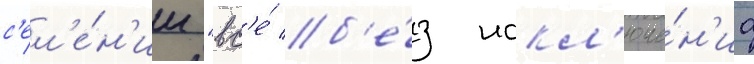
с'ел'е́н'ии "вс'е́ б'е́з искл'юче́н'иа